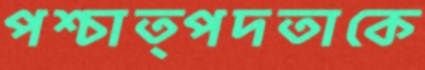
পশ্চাত্পদতাকে